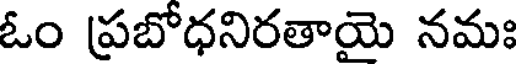
ఓం ప్రబోధనిరతాయె నమః